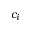
c _ { i }